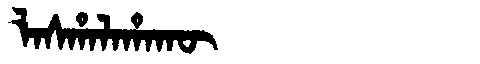
Manchu: ᠯᠠᠰᡥᠠᠯᠠᡥᠠᡴᡡ
Romanization: LASHALAHAKŪ